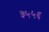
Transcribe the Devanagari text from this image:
३५५६